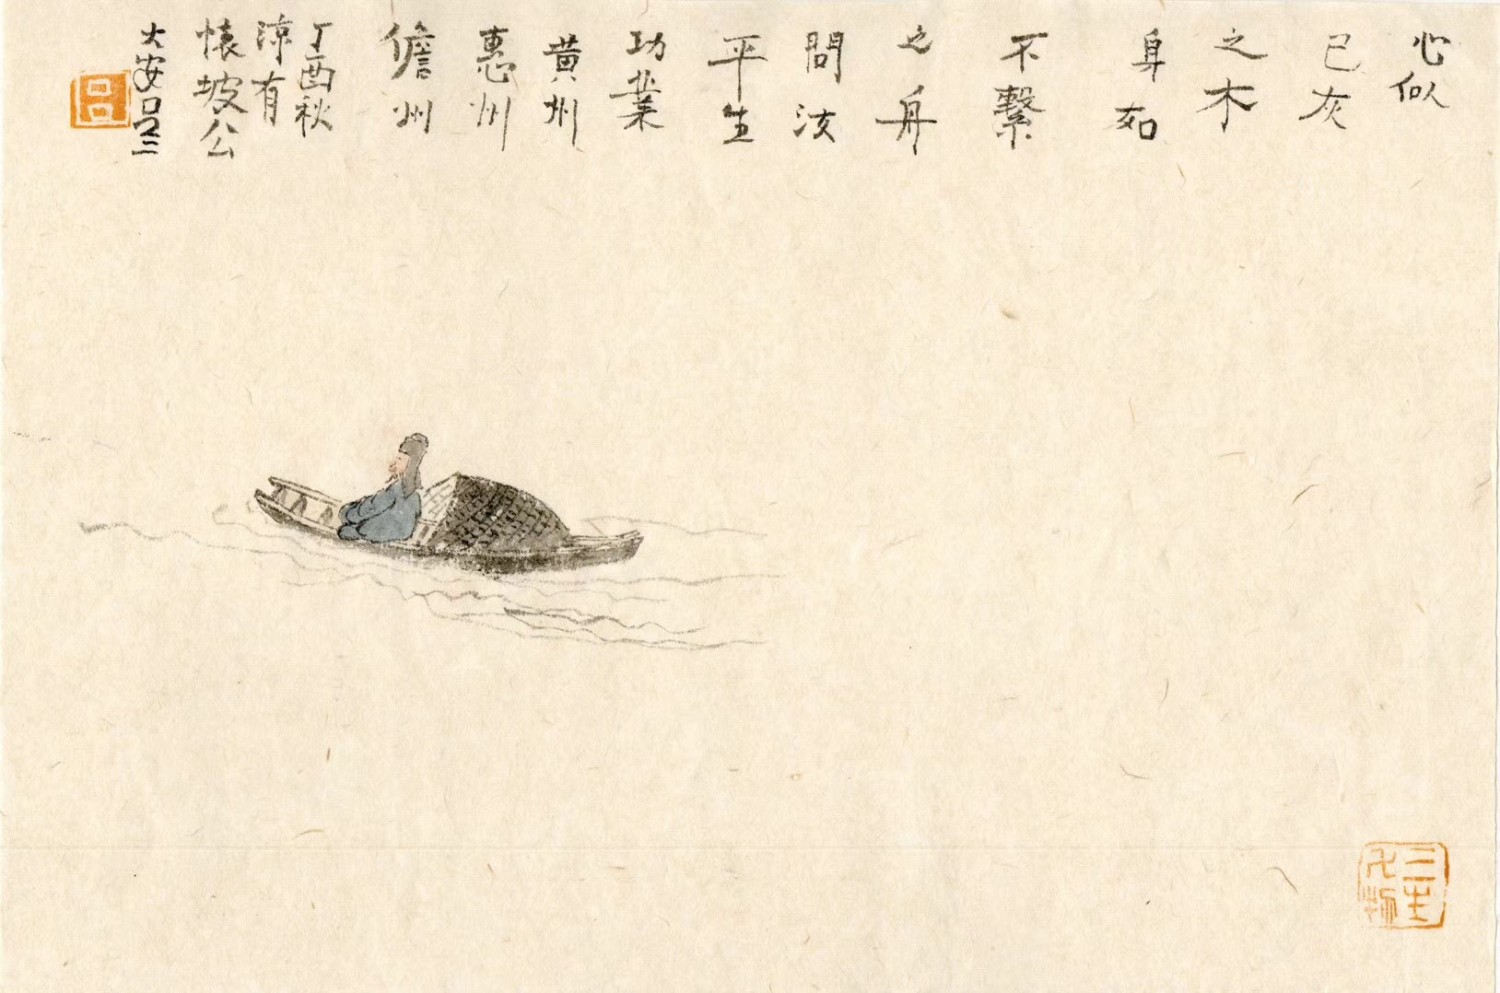
心似已灰之木，身如不系之舟。